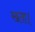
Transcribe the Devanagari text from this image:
खता।